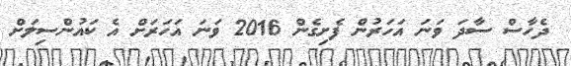
ދެހާސް ސާދަ ވަނަ އަހަރުން ފެށިގެން 2016 ވަނަ އަހަރަށް އެ ކައުންސިލަށް